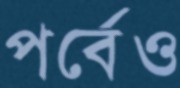
পর্বেও